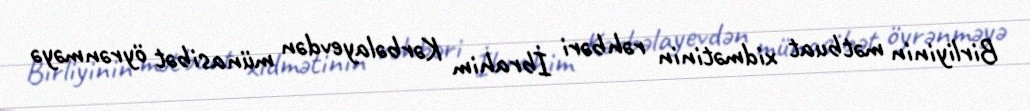
Birliyinin mətbuat xidmətinin rəhbəri İbrahim Kərbəlayevdən münasibət öyrənməyə